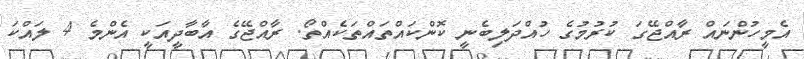
އެމީހުންނައް ރާއްޖޭގަ ކުރުމުގެ ހުއްދަލިބެނީ ކޮންކައްތައްތަކެއްތޯ. ރާއްޖޭގެ އާބާދީއަކީ އެންމެ 4 ލައްކަ